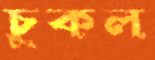
চুকল